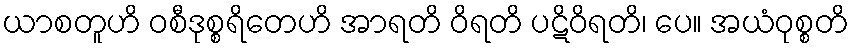
ယာစတူဟိ ဝစီဒုစ္စရိတေဟိ အာရတိ ဝိရတိ ပဋိဝိရတိ၊ ပေ။ အယံဝုစ္စတိ